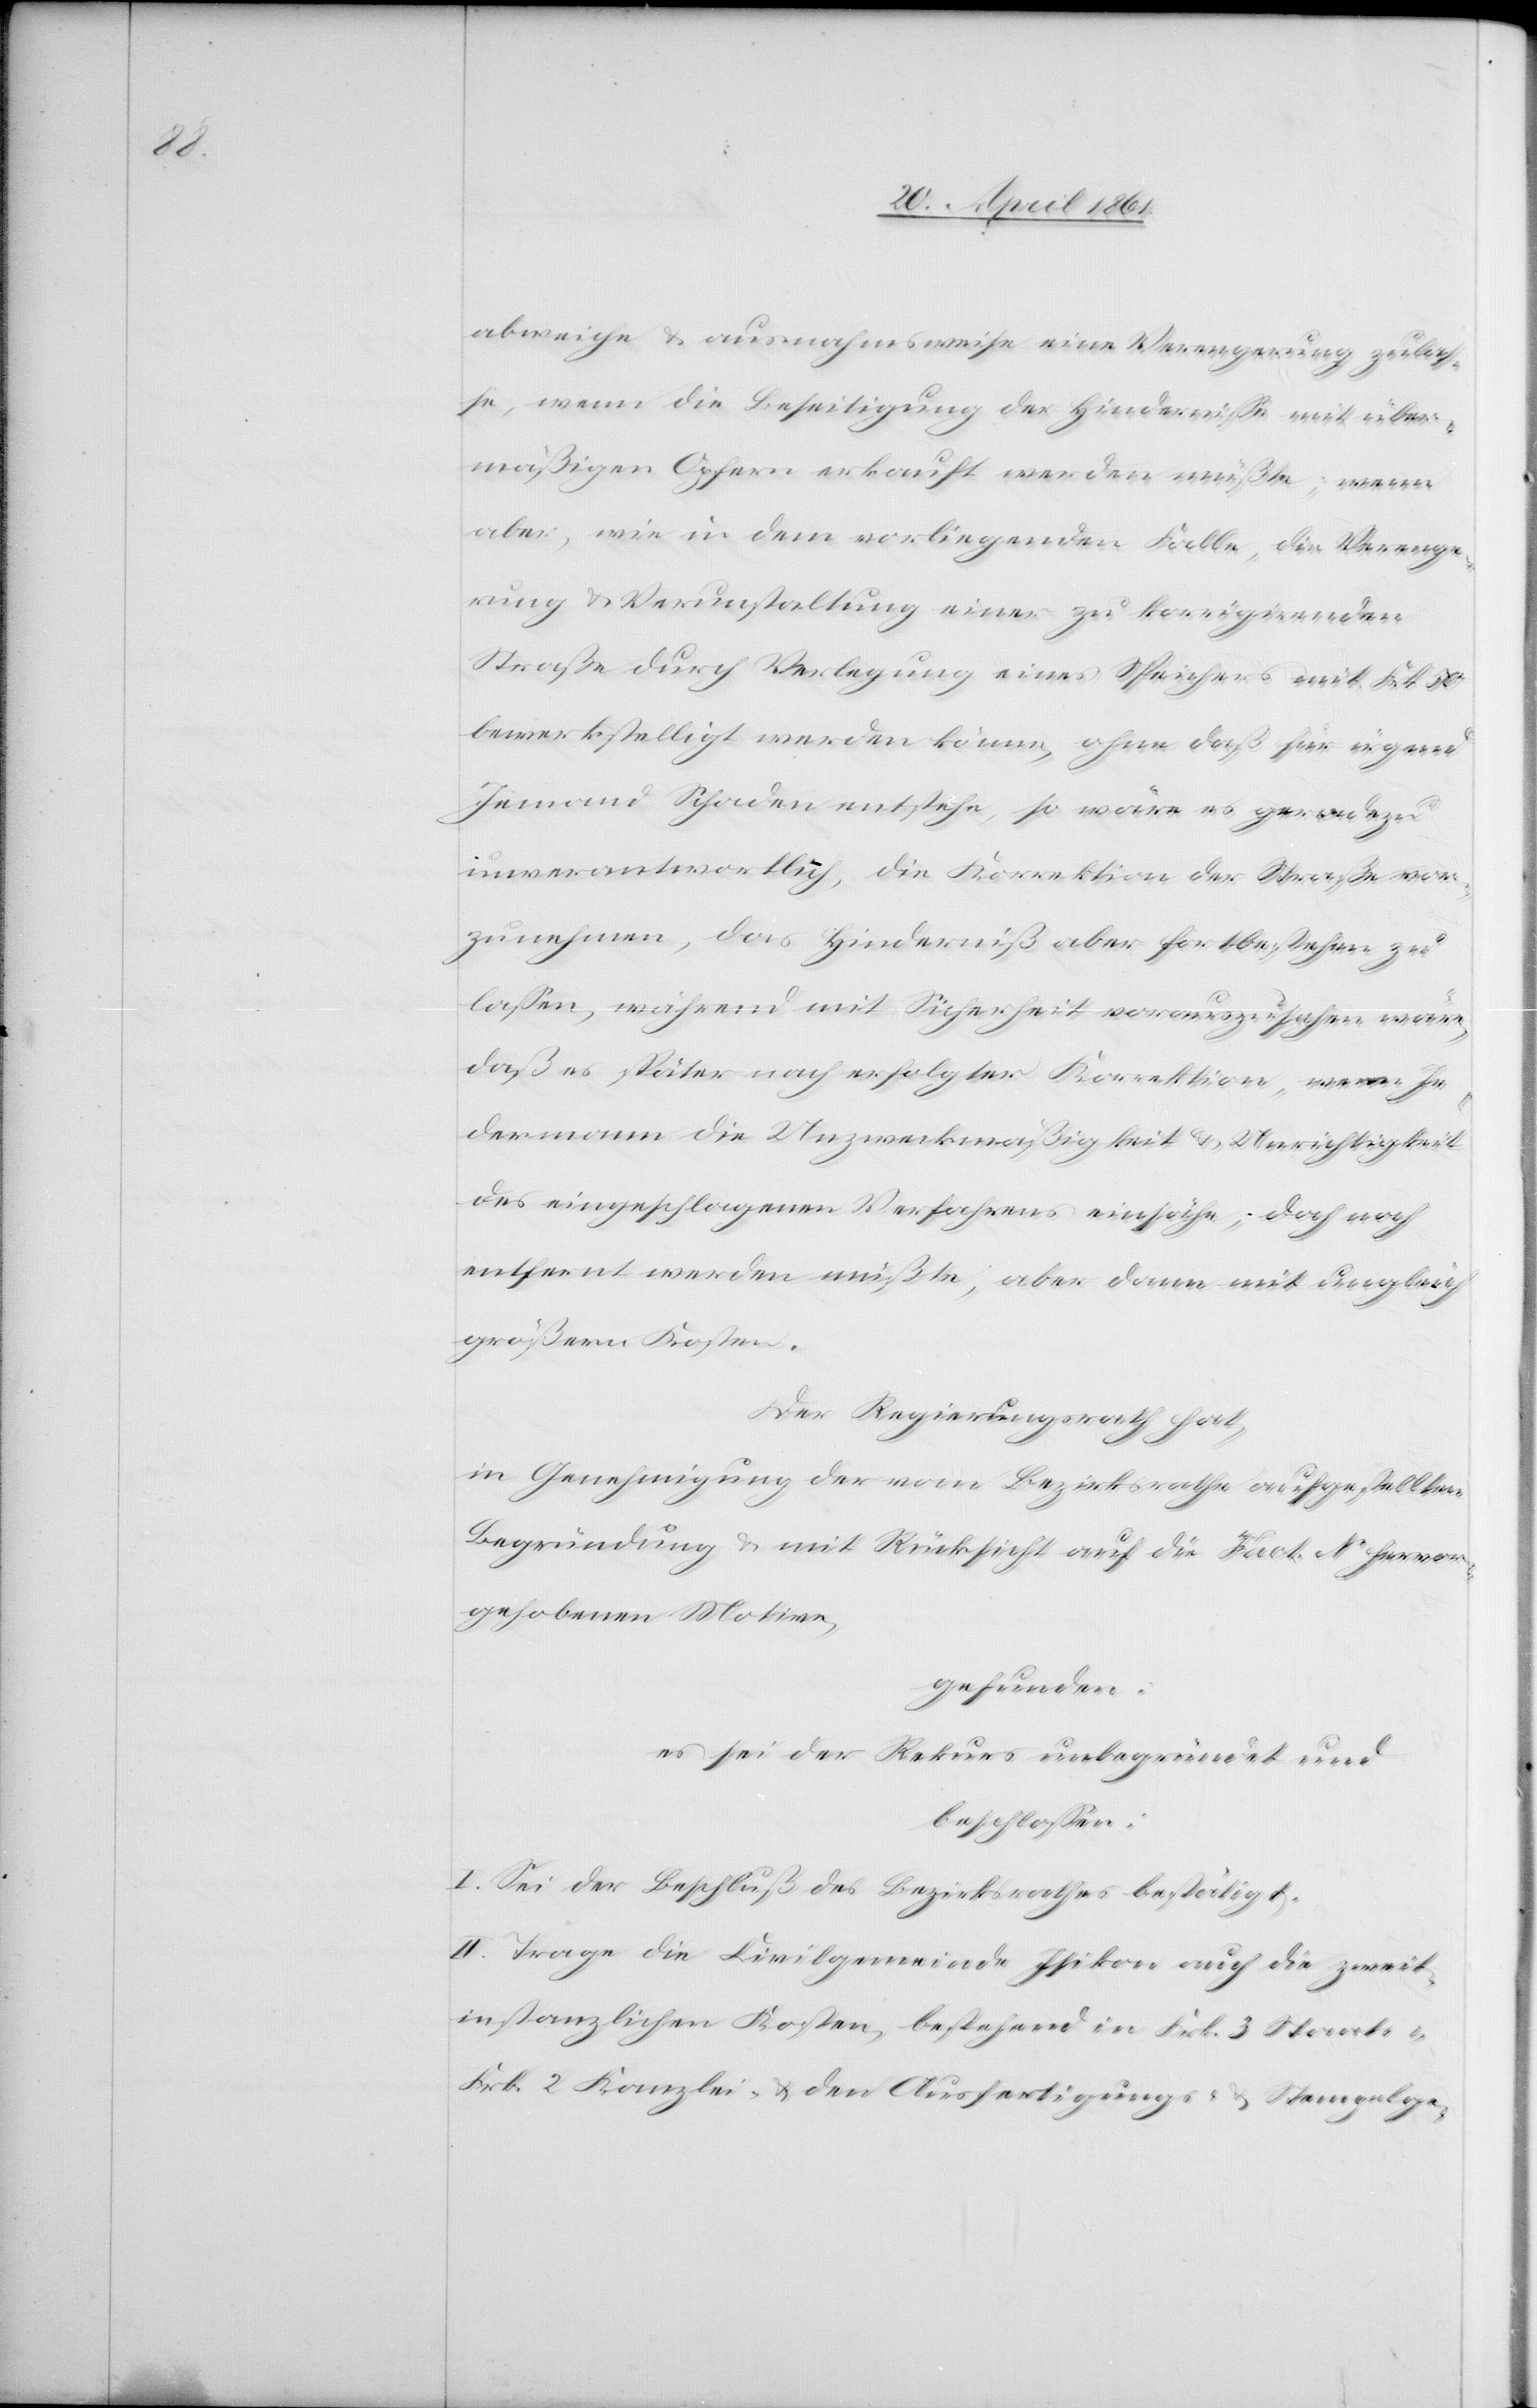
50

abweiche u. ausnahmsweise eine Verengerung zulas¬
se, wenn die Beseitigung der Hindernisse mit über¬
mäßigen Opfern erkauft werden müßte; wenn
aber, wie in dem vorliegenden Falle, die Verenge¬
rung u. Verunstaltung einer zu korrigirenden
Straße durch Verlegung eines Speichers mit Frk.
bewerkstelligt werden könne, ohne daß für irgend
Jemand Schaden entstehe, so wäre es geradezu
unverantwortlich, die Korrektion der Straße vor¬
zunehmen, das Hinderniß aber fortbestehen zu
lassen, während mit Sicherheit vorauszusehen wäre,
daß es später nach erfolgter Korrektion, wenn Je¬
dermann die Unzweckmäßigkeit u. Unrichtigkeit
des eingeschlagenen Verfahrens einsähe, doch noch
entfernt werden müßte, aber dann mit ungleich
größern Kosten.
Der Regierungsrath hat,
in Genehmigung der vom Bezirksrathe aufgestellten
Begründung u. mit Rücksicht auf die [in] Fact. N. hervor¬
gehobenen Motive,
gefunden:
es sei der Rekurs unbegründet und
beschlossen:
I. Sei der Beschluß des Bezirksrathes bestätigt.
II. Trage die Civilgemeinde Isikon auch die zweit¬
instanzlichen Kosten, bestehend in Frk. 3 Staats-[,]
Frk. 2 Kanzlei- u. den Ausfertigungs- u. Stempelge-